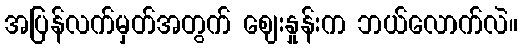
အပြန်လက်မှတ်အတွက် ဈေးနှုန်းက ဘယ်လောက်လဲ။